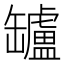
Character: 罏